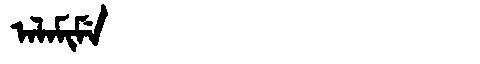
Manchu: ᠠᠯᠠᠮᡳᠮᡝ
Romanization: ALAMIME